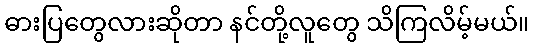
ဓားပြတွေလားဆိုတာ နင်တို့လူတွေ သိကြလိမ့်မယ်။